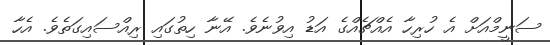
ސަނީމްއަށް އެ ހުރިހާ އެއްޗެއްގެ އަޑު އިވުނެވެ. އޭނާ ހިތުގައި ރިއްސައިގަތެވެ. އެހާ